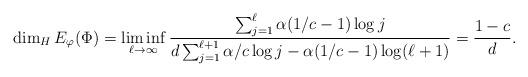
LaTeX: \begin{align*}\dim_H E_\varphi(\Phi) = \liminf_{\ell\to\infty} \frac {\sum_{j=1}^\ell \alpha (1/c-1) \log j}{d\sum_{j=1}^{\ell+1} \alpha/c \log j - \alpha (1/c-1) \log (\ell+1)} = \frac {1-c} d.\end{align*}